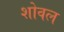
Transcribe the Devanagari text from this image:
शोवल